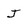
Character: J